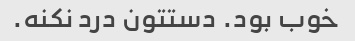
خوب بود. دستتون درد نکنه.